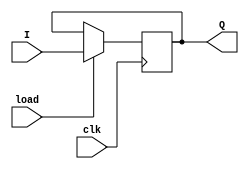
`timescale 1ns / 1ps
//////////////////////////////////////////////////////////////////////////////////
// Company: 
// Engineer: 
// 
// Design Name: 
// Module Name: simple_register_load
// Project Name: 
// Target Devices: 
// Tool Versions: 
// Description: 
// 
// Dependencies: 
// 
// Revision:
// Revision 0.01 - File Created
// Additional Comments:
// 
//////////////////////////////////////////////////////////////////////////////////


module simple_register_load
#(parameter N = 4)(
input [N-1 : 0] I ,
input load,
input clk,
output [N-1 : 0] Q
    );
    reg [N-1 : 0] Q_reg , Q_next;
    always @(posedge clk)
    begin
        Q_reg <= Q_next;                 //using non blocking assignment with sequential elements
    end
    always @(I,load)
    begin
        if (load)                       //used a MUX to select if the input to the reg will be I or Q_reg
            Q_next = I;
        else
            Q_next = Q_reg; 
    end   
    
 assign Q = Q_reg;    
    
endmodule